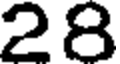
28